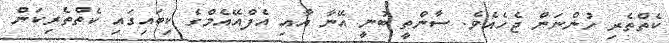
ކެތްތެރި ހުންނަން ޖެހެއެވެ. ސާންތީ ބުނީ އޭނާ އާއި އެފްއޭއެމްގެ ކިބައިގައި ކެތްތެރިކަން